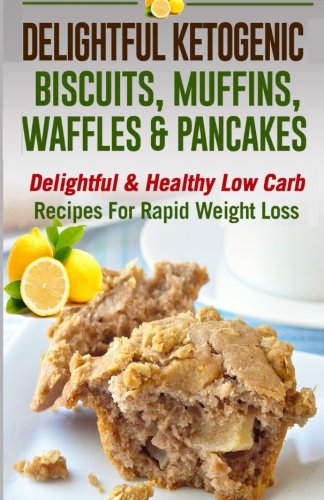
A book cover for Delightful Ketogenic Biscuits, Muffins, Waffles & Pancakes: Delightful & Healthy Low Carb Recipes For Rapid Weight Loss(low carbohydrate, high protein); Christine McRae; Cookbooks, Food & Wine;